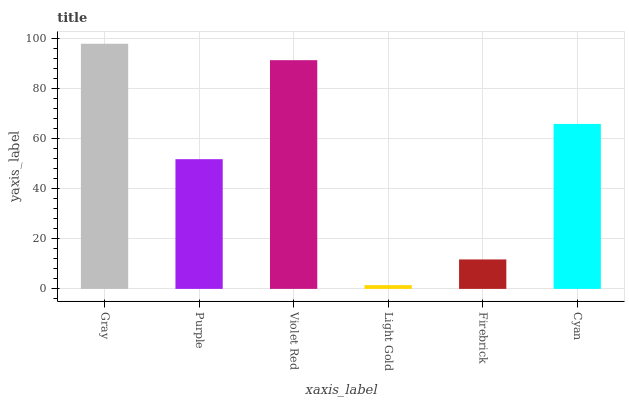
| xaxis_label | bars |
 | --- | --- |
 | Gray | 97.8 |
 | Purple | 51.7 |
 | Violet Red | 91.2 |
 | Light Gold | 1.5 |
 | Firebrick | 11.7 |
 | Cyan | 65.8 |